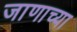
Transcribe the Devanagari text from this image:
जाणाच्या